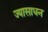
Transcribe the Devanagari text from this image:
ज्यासाधन